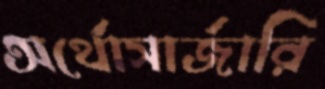
অর্থোসার্জারি